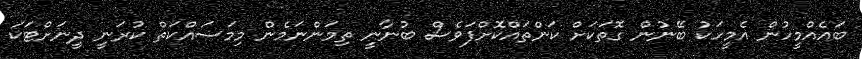
ބައެއްމީހުން އެމީހަކު ބޭނުން ގޮތަކަށް ކަންތައްކޮށްފަވެސް ބުނާނީ ތިމަންނަމެން މިމަސައްކަތް ކުރަނީ ދީނަށްޓަކަ